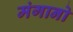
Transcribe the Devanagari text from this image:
मंगानो